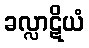
ခလ္လာဋိယံ